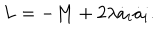
L = - M + 2 \lambda \dot { a } _ { i } \dot { a } _ { i } .